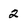
Character: 2